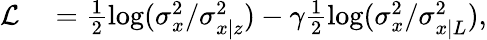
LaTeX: \begin{array}{rl}{\mathcal{L}}&{{}=\frac{1}{2}\log(\sigma_{x}^{2}/\sigma_{x|z}^{2})-\gamma\frac{1}{2}\log(\sigma_{x}^{2}/\sigma_{x|L}^{2}),}\end{array}